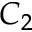
C _ { 2 }